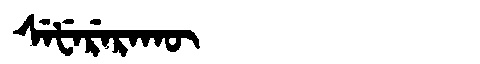
Manchu: ᠰᡝᡶᡝᡵᡝᡵᠠᡴᡡ
Romanization: SEFERERAKŪ